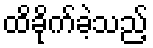
ထိခိုက်ခဲ့သည့်